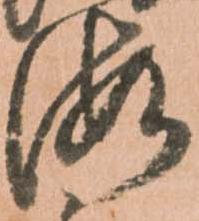
海